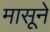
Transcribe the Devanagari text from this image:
मासूने